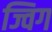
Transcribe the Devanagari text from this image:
ज्विग